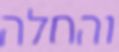
והחלה